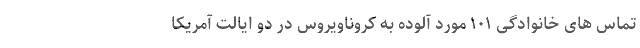
تماس های خانوادگی ۱۰۱ مورد آلوده به کروناویروس در دو ایالت آمریکا